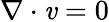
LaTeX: \nabla\cdot\mathit{v}=0